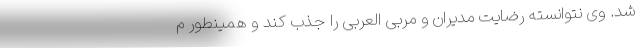
شد. وی نتوانسته رضایت مدیران و مربی العربی را جذب کند و همینطور م